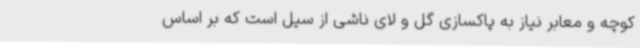
کوچه و معابر نیاز به پاکسازی گل و لای ناشی از سیل است که بر اساس